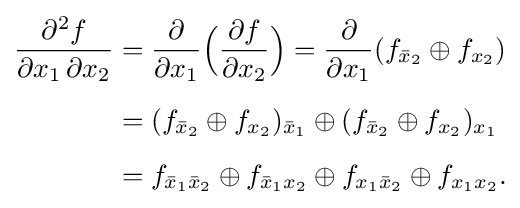
{\begin{aligned}{\partial ^{2}f \over \partial x_{1}\,\partial x_{2}}&={\partial  \over \partial x_{1}}{\Big (}{\partial f \over \partial x_{2}}{\Big )}={\partial  \over \partial x_{1}}(f_{{\bar {x}}_{2}}\oplus f_{x_{2}})\\[5pt]&=(f_{{\bar {x}}_{2}}\oplus f_{x_{2}})_{{\bar {x}}_{1}}\oplus (f_{{\bar {x}}_{2}}\oplus f_{x_{2}})_{x_{1}}\\[5pt]&=f_{{\bar {x}}_{1}{\bar {x}}_{2}}\oplus f_{{\bar {x}}_{1}x_{2}}\oplus f_{x_{1}{\bar {x}}_{2}}\oplus f_{x_{1}x_{2}}.\end{aligned}}